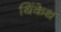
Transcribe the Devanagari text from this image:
थिंकेथ